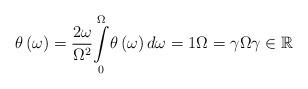
LaTeX: \begin{align*}\theta_{}\left( \omega\right) =\frac{2\omega}{\Omega_{}^{2}}\underset{0}{\overset{\Omega_{}}{\int}}\theta_{}\left( \omega\right)d\omega=1\Omega_{}=\gamma\Omega\gamma\in\mathbb{R}\end{align*}